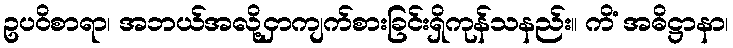
ဥပဝိစာရာ၊ အဘယ်အလို့ငှာကျက်စားခြင်းရှိကုန်သနည်း။ ကိံ အဓိဋ္ဌာနာ၊